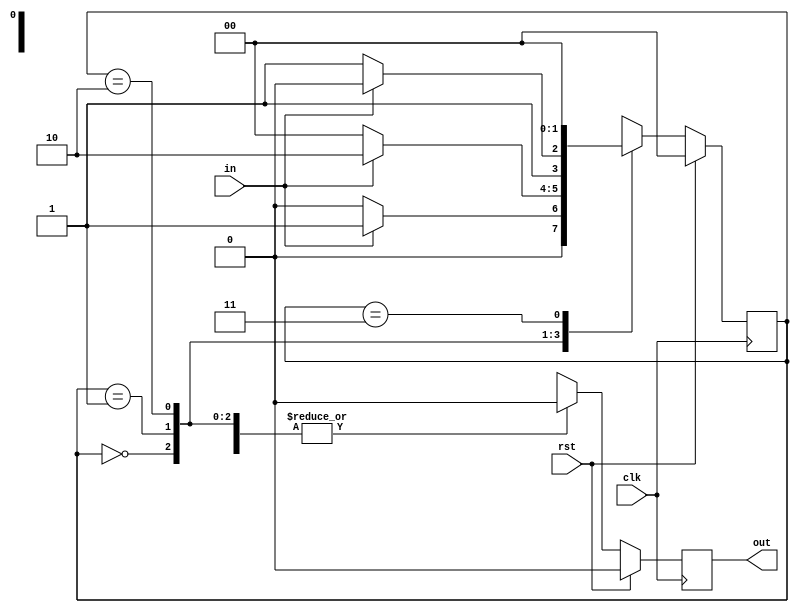
module moorefsmol(input in,input clk,input rst,output reg out);
  reg [1:0] cst;//current state
  reg [1:0] nst;//next state
  parameter [2:0]s0=3'b000;
  parameter [2:0]s1=3'b001;
  parameter [2:0]s2=3'b010;
  parameter [2:0]s3=3'b011;
  parameter [2:0]s4=3'b100;
always@(posedge clk)
begin
  if(rst)begin
    out=1'b0;
    cst=s0;
    nst=s0;end
  else
    begin
    cst=nst;
    case(cst)
  s0:begin    
      out=1'b0; 
     if(in) 
       nst=s1;
     else begin
      nst=s0;end 
    end
  s1:begin
      out=1'b0; 
      if(in)
       nst=s2;
      else begin
       nst=s0;end
     end
  s2 :begin   
        out=1'b0;
        if(in)
         nst=s2;
        else begin
         nst=s3;end 
      end
  s3:begin    
        out=1'b0; 
       if(in) 
         nst=s4;
       else begin
       nst=s0 ;end
     end
    s4:begin    
        out=1'b1; 
       if(in) 
         nst=s2;
       else begin
       nst=s0 ;end
     end
    endcase
end
end
endmodule